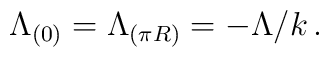
\Lambda_{(0)}=\Lambda_{(\pi R)}=-\Lambda/k\, .